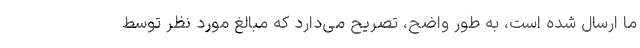
ما ارسال شده است، به طور واضح، تصریح می‌دارد که مبالغ مورد نظر توسط